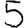
Digit: 5